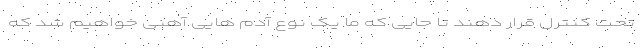
تحت کنترل قرار دهند تا جایی که ما یک نوع آدم هایی آهنی خواهیم شد که